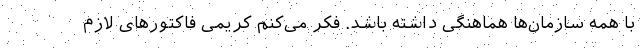
با همه سازمان‌ها هماهنگی داشته باشد. فکر می‌کنم کریمی فاکتورهای لازم